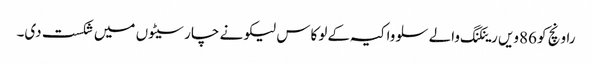
راونچ کو 86ویں رینکنگ والے سلوواکیہ کے لوکاس لیکو نے چار سیٹوں میں شکست دی۔